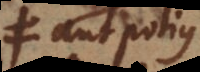
vel potius